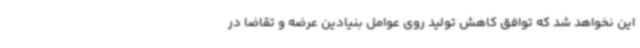
این نخواهد شد که توافق کاهش تولید روی عوامل بنیادین عرضه و تقاضا در